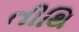
તીથિ